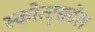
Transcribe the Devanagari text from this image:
स्कोत्ट्सडेल